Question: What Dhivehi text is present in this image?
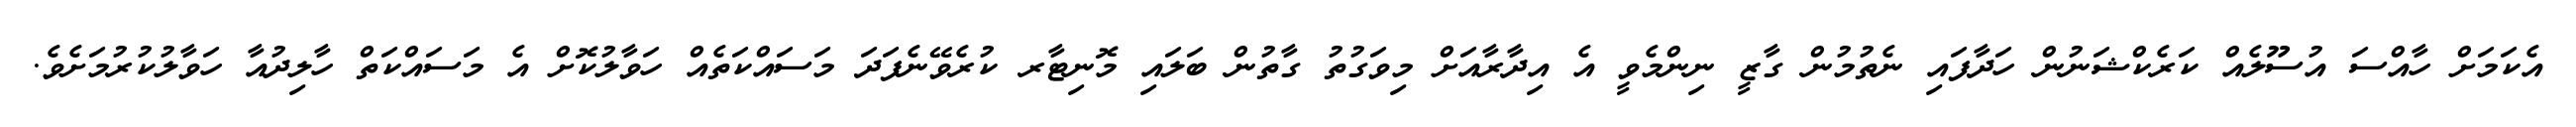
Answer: އެކަމަށް ހާއްސަ އުސޫލެއް ކަރެކްޝަނުން ހަދާފައި ނެތުމުން ގާޒީ ނިންމެވީ އެ އިދާރާއަށް މިވަގުތު ގާތުން ބަލައި މޮނިޓާރ ކުރެވޭނެފަދަ މަސައްކަތެއް ހަވާލުކޮށް އެ މަސައްކަތް ހާލިދުއާ ހަވާލުކުރުމަށެވެ.